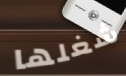
شغلها